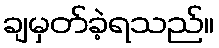
ချမှတ်ခဲ့ရသည်။